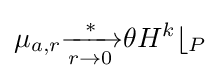
\mu _{a,r}{\xrightarrow[{r\to 0}]{*}}\theta H^{k}\lfloor _{P}